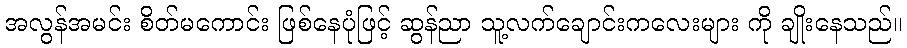
အလွန်အမင်း စိတ်မကောင်း ဖြစ်နေပုံဖြင့် ဆွန်ညာ သူ့လက်ချောင်းကလေးများ ကို ချိုးနေသည်။